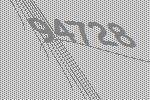
94728